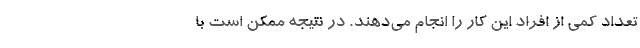
تعداد کمی از افراد این کار را انجام می‌دهند. در نتیجه ممکن است با